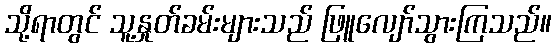
သို့ရာတွင် သူ့နှုတ်ခမ်းများသည် ဖြူလျော်သွားကြသည်။